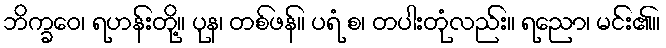
ဘိက္ခဝေ၊ ရဟန်းတို့။ ပုန၊ တစ်ဖန်။ ပရံ စ၊ တပါးတုံလည်း။ ရညော၊ မင်း၏။